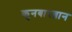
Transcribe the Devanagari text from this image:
कुनबारब्रान